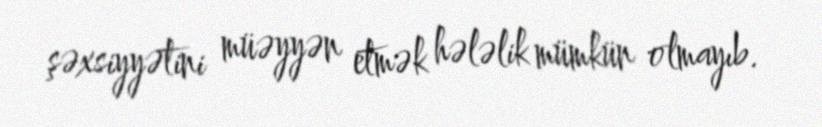
şəxsiyyətini müəyyən etmək hələlik mümkün olmayıb.